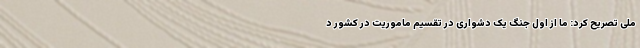
ملی تصریح کرد: ما از اول جنگ یک دشواری در تقسیم ماموریت در کشور د